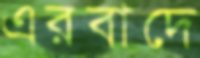
এরবাদে